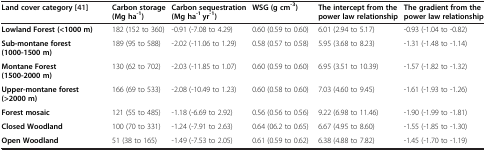
| Land cover category [41] | Carbon storage (Mg ha-1) | Carbon sequestration (Mg ha-1 yr-1) | WSG (g cm-3) | The intercept from the power law relationship | The gradient from the power law relationship |
 | --- | --- | --- | --- | --- | --- |
 | Lowland Forest (<1000 m) | 182 (152 to 360) | -0.91 (-7.08 to 4.29) | 0.60 (0.59 to 0.60) | 6.01 (2.94 to 5.17) | -0.93 (-1.04 to -0.82) |
 | Sub-montane forest (1000-1500 m) | 189 (95 to 588) | -2.02 (-11.06 to 1.29) | 0.58 (0.57 to 0.58) | 5.95 (3.68 to 8.23) | -1.31 (-1.48 to -1.14) |
 | Montane Forest (1500-2000 m) | 130 (62 to 702) | -2.03 (-11.85 to 1.07) | 0.60 (0.59 to 0.60) | 6.95 (3.51 to 10.39) | -1.57 (-1.82 to -1.32) |
 | Upper-montane forest (>2000 m) | 166 (69 to 533) | -2.08 (-10.49 to 1.23) | 0.60 (0.58 to 0.60) | 7.03 (4.60 to 9.45) | -1.61 (-1.93 to -1.26) |
 | Forest mosaic | 121 (55 to 485) | -1.18 (-6.69 to 2.92) | 0.56 (0.56 to 0.56) | 9.22 (6.98 to 11.46) | -1.90 (-1.99 to -1.81) |
 | Closed Woodland | 100 (70 to 331) | -1.24 (-7.91 to 2.63) | 0.64 (06.2 to 0.65) | 6.67 (4.95 to 8.60) | -1.55 (-1.85 to -1.30) |
 | Open Woodland | 51 (38 to 165) | -1.49 (-7.53 to 2.05) | 0.61 (0.59 to 0.62) | 6.38 (4.88 to 7.82) | -1.45 (-1.70 to -1.19) |